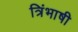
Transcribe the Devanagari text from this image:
त्रिंभाषी